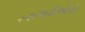
રણગાડીઓની